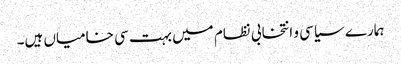
ہمارے سیاسی و انتخابی نظام میں بہت سی خامیاں ہیں۔